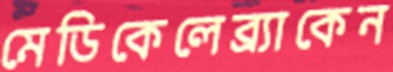
মেডিকেলেব্র্যাকেন